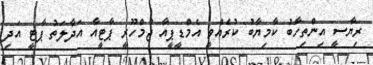
ރިޔާސީ އިންތިހާބު ކާމިޔާބު ކުރެއްވީ އެމްޑީޕީއާ ޖުމްހޫރީ ޕާޓީއާ އަދާލަތު ޕާޓީ އަދި